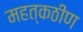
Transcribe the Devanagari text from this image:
महत्कठीण